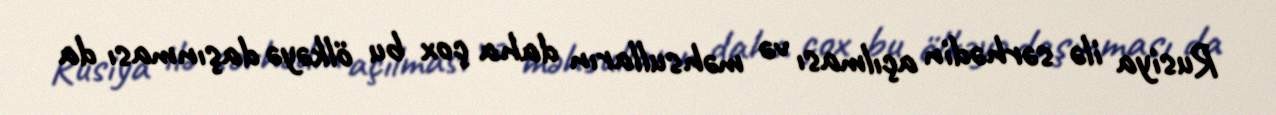
Rusiya ilə sərhədin açılması və məhsulların daha çox bu ölkəyə daşınması da